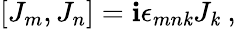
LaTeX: [J_{m},J_{n}]=\mathbf{i}\epsilon_{mn\mathit{k}}J_{\mathit{k}}~,